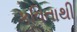
કવિતાથી